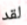
لقد